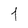
Character: 1